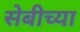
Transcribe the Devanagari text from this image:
सेबीच्या